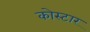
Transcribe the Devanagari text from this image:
कोस्टार